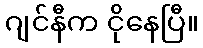
ဂျင်နီက ငိုနေပြီ။